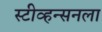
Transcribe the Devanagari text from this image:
स्टीव्हन्सनला